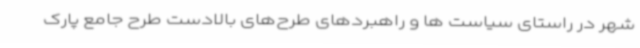
شهر در راستای سیاست ها و راهبردهای طرح‌های بالادست طرح جامع پارک